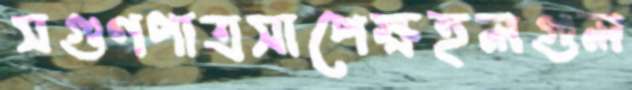
সগুণপাত্রসাপেক্ষহলগুল